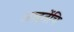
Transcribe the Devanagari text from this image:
आइतेंचि